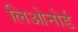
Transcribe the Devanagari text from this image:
लिओनोर्ड